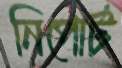
নিপোর্ট